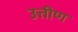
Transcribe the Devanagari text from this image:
उत्तीण